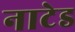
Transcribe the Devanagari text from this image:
नाटेड